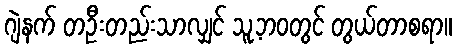
ဂျဲနက် တဦးတည်းသာလျှင် သူ့ဘဝတွင် တွယ်တာစရာ။